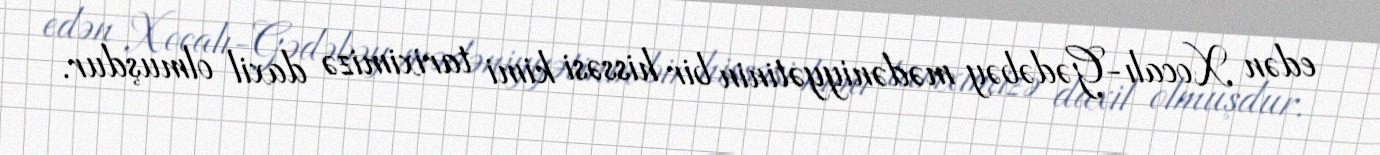
edən Xocalı-Gədəbəy mədəniyyətinin bir hissəsi kimi tariximizə daxil olmuşdur.